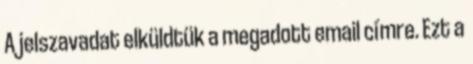
A jelszavadat elküldtük a megadott email címre. Ezt a